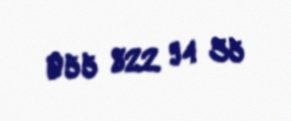
055 822 94 35